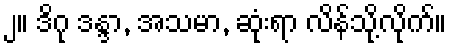
၂။ ဒိဂု ဒန္ဒာ, အသမာ, ဆုံးရာ လိန်သို့လိုက်။